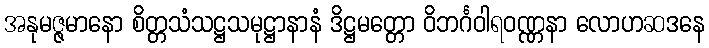
အနုမဇ္ဇမာနော စိတ္တသံသဋ္ဌသမုဋ္ဌာနာနံ ဒိဋ္ဌမတ္တော ဝိဘင်္ဂဝါရဝဏ္ဏနာ လောဟဆဒနေ